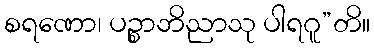
စရဏော၊ ပဉ္စာဘိညာသု ပါရဂူ”တိ။